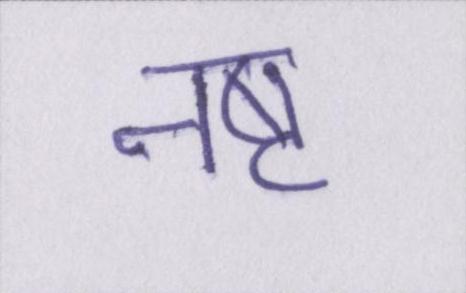
नष्ट